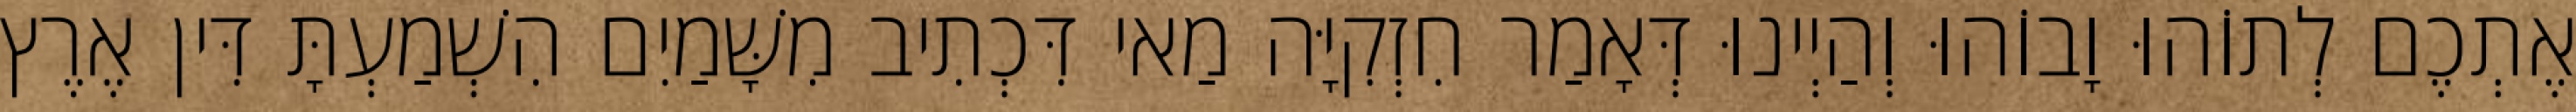
אֶתְכֶם לְתוֹהוּ וָבוֹהוּ וְהַיְינוּ דְּאָמַר חִזְקִיָּה מַאי דִּכְתִיב מִשָּׁמַיִם הִשְׁמַעְתָּ דִּין אֶרֶץ